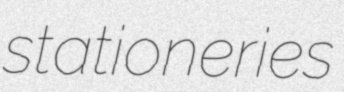
stationeries